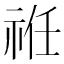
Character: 𥙛